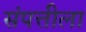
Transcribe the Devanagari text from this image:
संपत्तीला